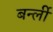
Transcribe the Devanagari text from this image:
बर्न्ली